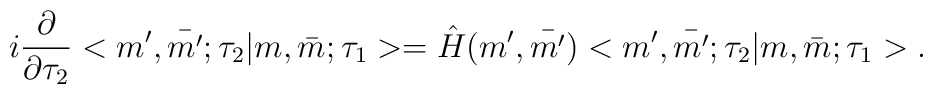
i\frac{\partial}{\partial\tau_{2}}<m',\bar{m'};\tau_{2}|m,\bar{m};\tau_{1}> =\hat{H}(m',\bar{m'})<m',\bar{m'};\tau_{2}|m,\bar{m};\tau_{1}>.